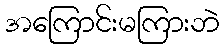
အကြောင်းမကြားဘဲ